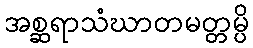
အစ္ဆရာသံဃာတမတ္တမ္ပိ